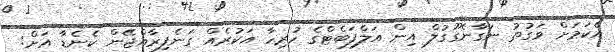
އެކަމަށް ވަގުތު ނަގާނެގޫގުލް އިން އަލްފަބެޓްގެ ހުރިހާ އަކުރެއް ގަނެފިރާއްޖޭން ކެނެޑާ އަށް: